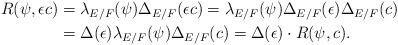
\begin{align*} R(\psi,\epsilon c) &=\lambda_{E/F}(\psi)\Delta_{E/F}(\epsilon c)=\lambda_{E/F}(\psi)\Delta_{E/F}(\epsilon)\Delta_{E/F}(c)\\ &=\Delta(\epsilon)\lambda_{E/F}(\psi)\Delta_{E/F}(c)=\Delta(\epsilon)\cdot R(\psi,c).\end{align*}